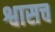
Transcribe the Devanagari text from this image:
श्वासच